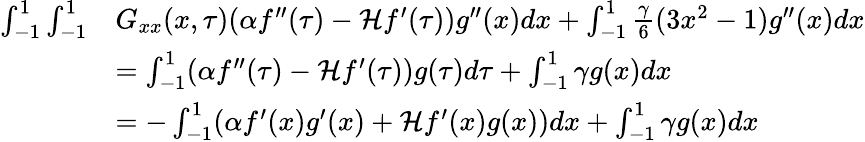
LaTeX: \begin{array}{rl}{\int_{-1}^{1}\int_{-1}^{1}}&{G_{xx}(x,\tau)(\alpha f^{\prime\prime}(\tau)-\mathcal Hf^{\prime}(\tau))g^{\prime\prime}(x)dx+\int_{-1}^{1}\frac{\gamma}{6}(3x^{2}-1)g^{\prime\prime}(x)dx}\\ &{=\int_{-1}^{1}(\alpha f^{\prime\prime}(\tau)-\mathcal Hf^{\prime}(\tau))g(\tau)d\tau+\int_{-1}^{1}\gamma g(x)dx}\\ &{=-\int_{-1}^{1}(\alpha f^{\prime}(x)g^{\prime}(x)+\mathcal Hf^{\prime}(x)g(x))dx+\int_{-1}^{1}\gamma g(x)dx}\end{array}